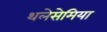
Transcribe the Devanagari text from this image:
थलेसेमिया